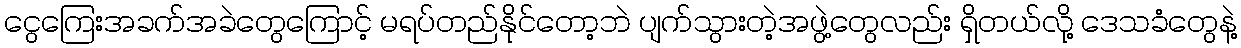
ငွေကြေးအခက်အခဲတွေကြောင့် မရပ်တည်နိုင်တော့ဘဲ ပျက်သွားတဲ့အဖွဲ့တွေလည်း ရှိတယ်လို့ ဒေသခံတွေနဲ့